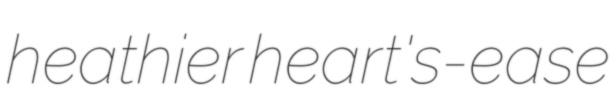
heathier heart's-ease